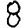
Digit: 8